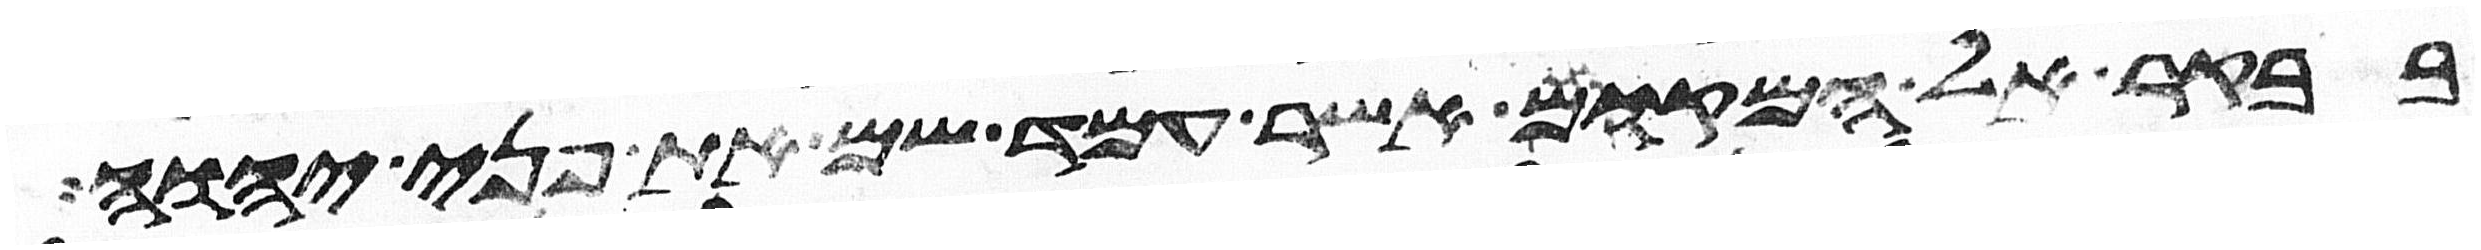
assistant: בבקר אל המקום אשר עמד שם את פני יהוה